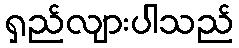
ရှည်လျားပါသည်